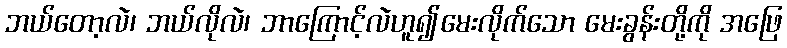
ဘယ်တော့လဲ၊ ဘယ်လိုလဲ၊ ဘာကြောင့်လဲဟူ၍မေးလိုက်သော မေးခွန်းတို့ကို အဖြေ